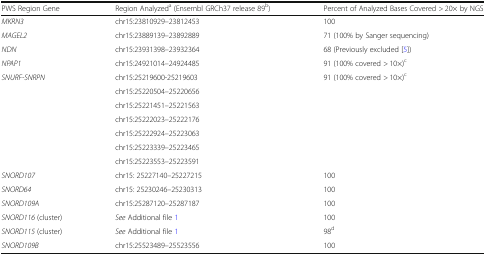
| PWS Region Gene | Region Analyzeda (Ensembl GRCh37 release 89b) | Percent of Analyzed Bases Covered > 20× by NGS |
 | --- | --- | --- |
 | MKRN3 | chr15:23810929–23812453 | 100 |
 | MAGEL2 | chr15:23889139–23892889 | 71 (100% by Sanger sequencing) |
 | NDN | chr15:23931398–23932364 | 68 (Previously excluded [5]) |
 | NPAP1 | chr15:24921014–24924485 | 91 (100% covered > 10×)c |
 | <ROWSPAN=7> SNURF-SNRPN | chr15:25219600-25219603 | <ROWSPAN=7> 91 (100% covered > 10×)c |
 | chr15:25220504–25220656 |
 | chr15:25221451–25221563 |
 | chr15:25222023–25222176 |
 | chr15:25222924–25223063 |
 | chr15:25223339–25223465 |
 | chr15:25223553–25223591 |
 | SNORD107 | chr15: 25227140–25227215 | 100 |
 | SNORD64 | chr15: 25230246–25230313 | 100 |
 | SNORD109A | chr15:25287120–25287187 | 100 |
 | SNORD116 (cluster) | See Additional file 1 | 100 |
 | SNORD115 (cluster) | See Additional file 1 | 98d |
 | SNORD109B | chr15:25523489–25523556 | 100 |